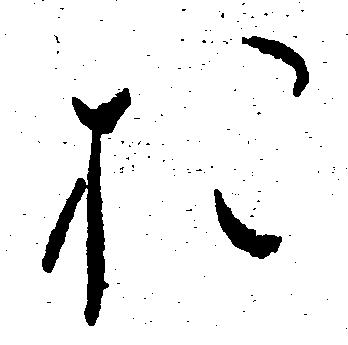
お